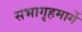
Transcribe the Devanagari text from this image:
सभागृहमार्गे